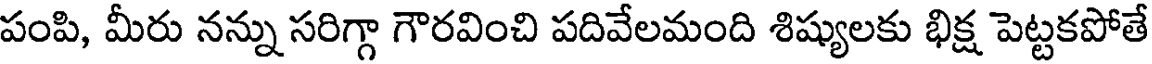
పంపి, మీరు నన్ను సరిగ్గా గౌరవించి పదివేలమంది శిష్యులకు భిక్ష పెట్టకపోతే